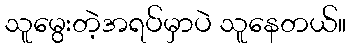
သူမွေးတဲ့အရပ်မှာပဲ သူနေတယ်။